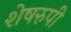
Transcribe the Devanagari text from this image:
शेषरुपी